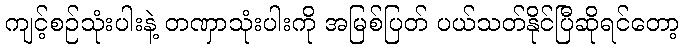
ကျင့်စဉ်သုံးပါးနဲ့ တဏှာသုံးပါးကို အမြစ်ပြတ် ပယ်သတ်နိုင်ပြီဆိုရင်တော့